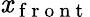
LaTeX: \mathit{x}_{\mathrm{{~f~r~o~n~t~}}}